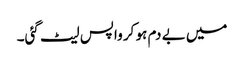
میں بے دم ہو کر واپس لیٹ گئی۔